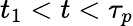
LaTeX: t_{1}<t<\tau_{p}